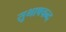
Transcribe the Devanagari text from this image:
सुभाषचन्द